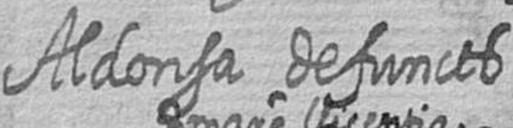
Aldonsa defuncts